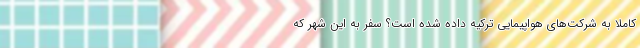
کاملا به شرکت‌های هواپیمایی ترکیه داده شده است؟ سفر به این شهر که